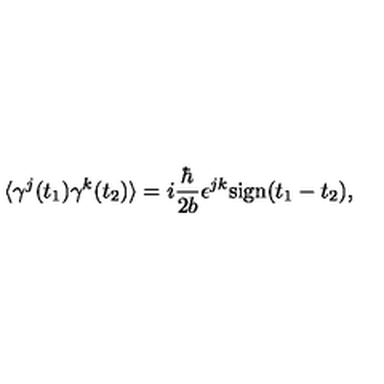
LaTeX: \langle \gamma ^ { j } ( t _ { 1 } ) \gamma ^ { k } ( t _ { 2 } ) \rangle = i \frac { \hbar } { 2 b } \epsilon ^ { j k } \mathrm { s i g n } ( t _ { 1 } - t _ { 2 } ) ,